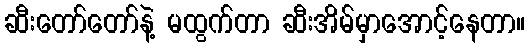
ဆီးတော်တော်နဲ့ မထွက်တာ ဆီးအိမ်မှာအောင့်နေတာ။